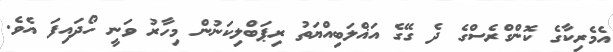
އެމެރިކާގެ ކޮންގްރެސްގެ ދެ ގޭގެ އަޣްލަބިއްޔަތު ރިޕަބްލިކަނުން މިހާރު ވަނީ ހޯދައިފަ އެވެ.